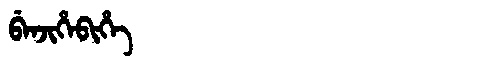
Manchu: ᠪᡝᠨᠵᡳᡥᡝᠪᡳᡥᡝ
Romanization: BENJIHEBIHE